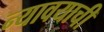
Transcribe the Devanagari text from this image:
न्यावयाची